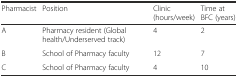
<table><thead><tr><td><b>Pharmacist</b></td><td><b>Position</b></td><td><b>Clinic (hours/week)</b></td><td><b>Time at BFC (years)</b></td></tr></thead><tbody><tr><td>A</td><td>Pharmacy resident (Global health/Underserved track)</td><td>4</td><td>2</td></tr><tr><td>B</td><td>School of Pharmacy faculty</td><td>12</td><td>7</td></tr><tr><td>C</td><td>School of Pharmacy faculty</td><td>4</td><td>10</td></tr></tbody></table>